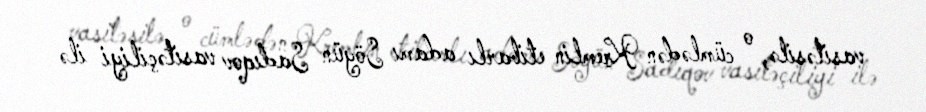
vasitəsilə, o cümlədən Kremlin etibarlı adamı Söyün Sadıqov vasitəçiliyi ilə